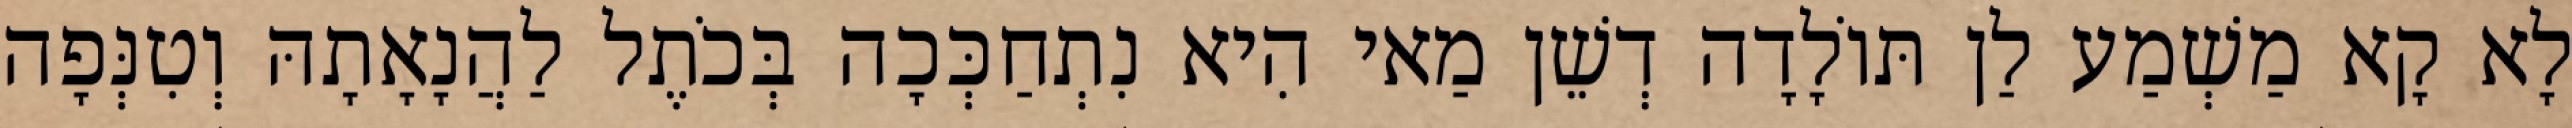
לָא קָא מַשְׁמַע לַן תּוֹלָדָה דְשֵׁן מַאי הִיא נִתְחַכְּכָה בְּכֹתֶל לַהֲנָאָתָהּ וְטִנְּפָה